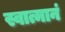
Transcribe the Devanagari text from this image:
स्वात्मानं